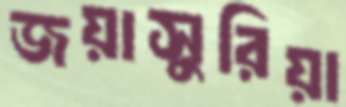
জয়াসুরিয়া